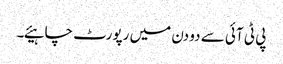
پی ٹی آئی سے دو دن میں رپورٹ چاہیئے۔